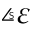
\angles { \varepsilon }